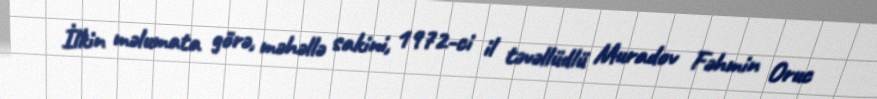
İlkin məlumata görə, məhəllə sakini, 1972-ci il təvəllüdlü Muradov Fəhmin Oruc